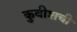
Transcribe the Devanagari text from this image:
कुबीशची